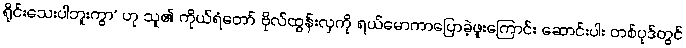
ရိုင်းသေးပါဘူးကွာ’ ဟု သူ၏ ကိုယ်ရံတော် ဗိုလ်ထွန်းလှကို ရယ်မောကာပြောခဲ့ဖူးကြောင်း ဆောင်းပါး တစ်ပုဒ်တွင်